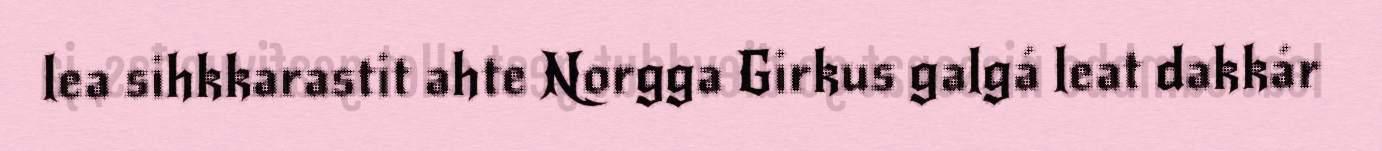
lea sihkkarastit ahte Norgga Girkus galgá leat dakkár